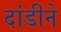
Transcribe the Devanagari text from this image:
दांडीने